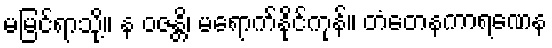
မမြင်ရာသို့။ န ဝဇန္တိ၊ မရောက်နိုင်ကုန်။ တံတေနကာရဏေန